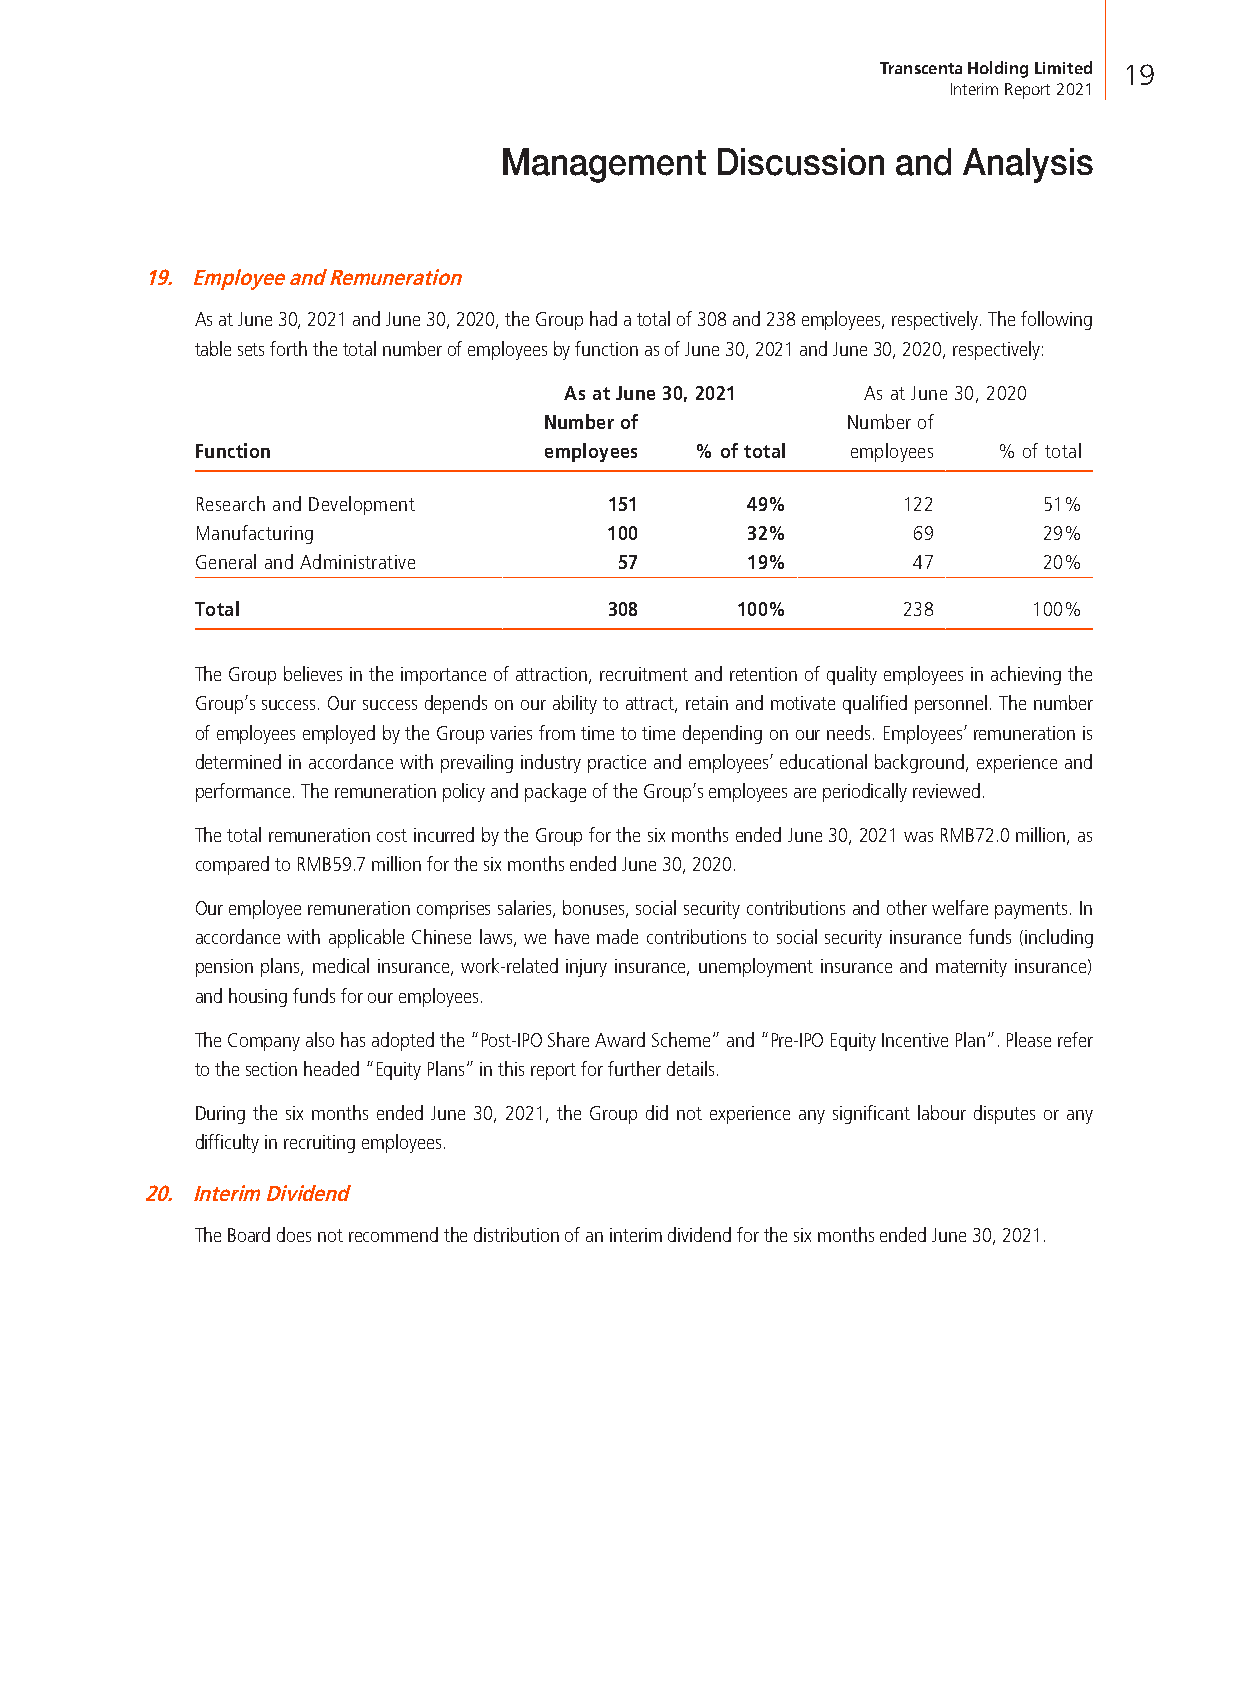
Transcenta Holding Limited 19
 Interim Report 2021
 Management    Discussion  and  Analysis
 19. Employee and Remuneration
 As at June 30, 2021 and June 30, 2020, the Group had a total of 308 and 238 employees, respectively. The following
 table sets forth the total number of employees by function as of June 30, 2021 and June 30, 2020, respectively:
 As at June 30, 2021 As at June 30, 2020
 Number of           Number of
 Function               employees % of total employees % of total
 Research and Development   151      49%        122      51%
 Manufacturing              100      32%        69       29%
 General and Administrative  57      19%        47       20%
 Total                      308      100%       238     100%
 The Group believes in the importance of attraction, recruitment and retention of quality employees in achieving the
 Group’s success. Our success depends on our ability to attract, retain and motivate qualified personnel. The number
 of employees employed by the Group varies from time to time depending on our needs. Employees’ remuneration is
 determined in accordance with prevailing industry practice and employees’ educational background, experience and
 performance. The remuneration policy and package of the Group’s employees are periodically reviewed.
 The total remuneration cost incurred by the Group for the six months ended June 30, 2021 was RMB72.0 million, as
 compared to RMB59.7 million for the six months ended June 30, 2020.
 Our employee remuneration comprises salaries, bonuses, social security contributions and other welfare payments. In
 accordance with applicable Chinese laws, we have made contributions to social security insurance funds (including
 pension plans, medical insurance, work-related injury insurance, unemployment insurance and maternity insurance)
 and housing funds for our employees.
 The Company also has adopted the “Post-IPO Share Award Scheme” and “Pre-IPO Equity Incentive Plan”. Please refer
 to the section headed “Equity Plans” in this report for further details.
 During the six months ended June 30, 2021, the Group did not experience any significant labour disputes or any
 difficulty in recruiting employees.
 20. Interim Dividend
 The Board does not recommend the distribution of an interim dividend for the six months ended June 30, 2021.